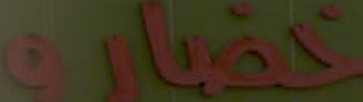
خضاره